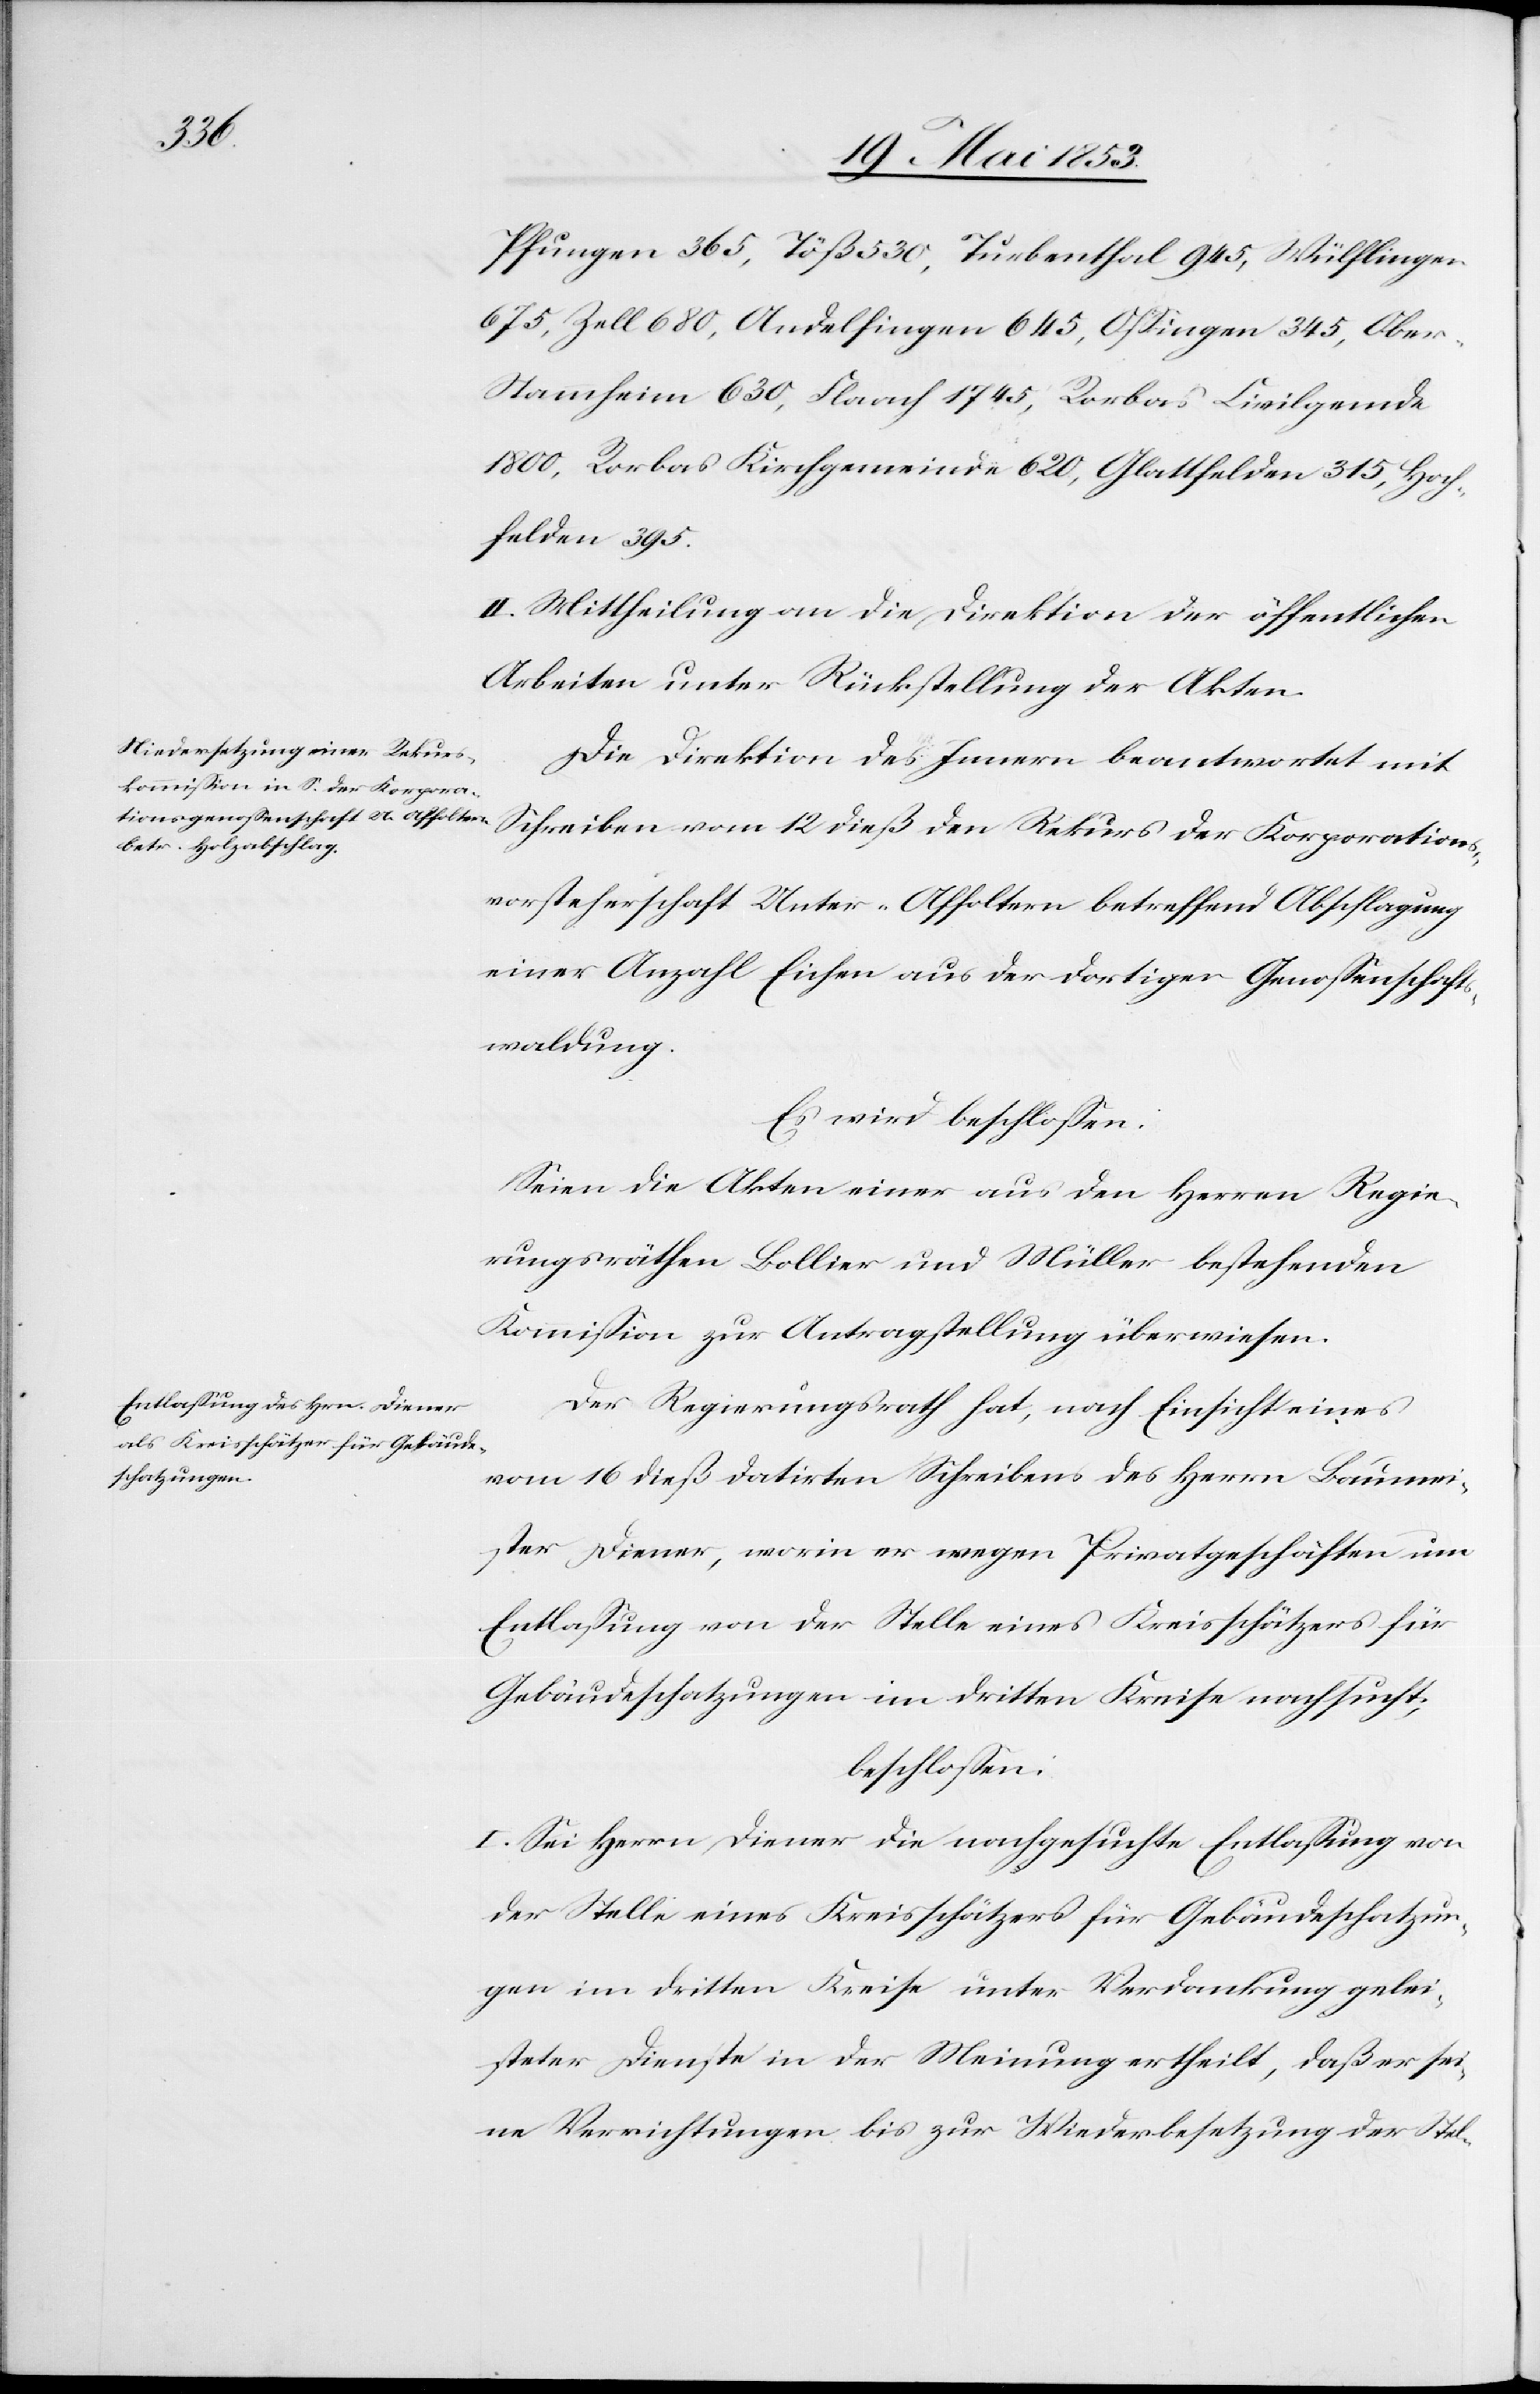
Pfungen 365, Turbenthal 945, Wülflingen
675, Zell 680, Andelfingen 645, Oßingen 345, Obe¬
r-Stammheim 630, Flaach 1745, Rorbas Civilgemeinde
1800, Rorbas Kirchgemeinde 620, Glattfelden 315, Hoch¬
felden 395.
II. Mittheilung an die Direktion der öffentlichen
Arbeiten unter Rückstellung der Akten.
Die Direktion des Innern beantwortet mit
Schreiben vom 12 dieß den Rekurs der Korporations¬
vorsteherschaft Unter-Affoltern betreffend Abschlagung
einer Anzahl Eichen aus der dortigen Genoßenschafts¬
waldung.
Es wird beschloßen:
Seien die Akten einer aus den Herren Regie¬
rungsräthen Bollier und Müller bestehenden
Kommißion zur Antragstellung überwiesen.
Der Regierungsrath hat, nach Einsicht eines
vom 16 dieß datirten Schreibens des Herrn Baumei¬
ster Diener, worin er wegen Privatgeschäften um
Entlaßung von der Stelle eines Kreisschätzters für
Gebäudeschatzungen im dritten Kreise nachsucht,
beschloßen:
I. Sei Herrn Diener die nachgesuchte Entlaßung von
der Stelle eines Kreisschätzers für Gebäudeschatzun¬
gen im dritten Kreise unter Verdankung gelei¬
steter Dienste in der Meinung ertheilt, daß er sei¬
ne Verrichtungen bis zur Wiederbesetzung der Stel-